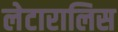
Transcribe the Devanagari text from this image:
लेटारालिस